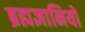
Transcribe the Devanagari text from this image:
ब्रह्मज्ञानियों